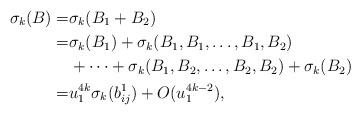
LaTeX: \begin{align*}\sigma_k(B)=&\sigma_k(B_1+B_2)\\=&\sigma_k(B_1)+\sigma_k(B_1, B_1, \ldots, B_1, B_2)\\&+\cdots+\sigma_k(B_1, B_2,\ldots, B_2, B_2)+\sigma_k(B_2)\\=&u_1^{4k}\sigma_k(b^1_{ij})+O(u_1^{4k-2}),\end{align*}